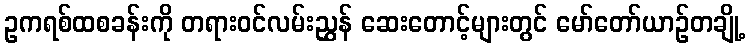
ဥကရစ်ထစခန်းကို တရားဝင်လမ်းညွှန် ဆေးတောင့်များတွင် မော်တော်ယာဉ်တချို့